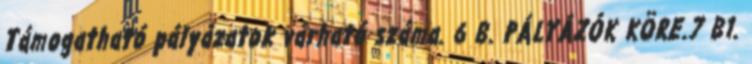
Támogatható pályázatok várható száma. 6 B. PÁLYÁZÓK KÖRE.7 B1.